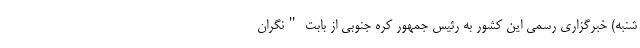
شنبه) خبرگزاری رسمی این کشور به رئیس جمهور کره جنوبی از بابت "نگران